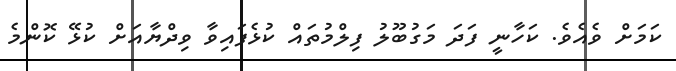
ކަމަށް ވެއެވެ. ކަހާނީ ފަދަ މަގުބޫލު ފިލްމުތައް ކުޅެފައިވާ ވިދްޔާއަށް ކުޅޭ ކޮންމެ